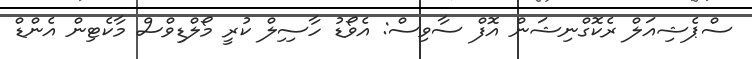
ސްޕެޝިއަލް ރެކޮގްނިޝަން އޮފް ސާވިސް: އެވޯޑު ހާސިިލް ކުރީ މޯލްޑިވްސް މާކެޓިން އެންޑް